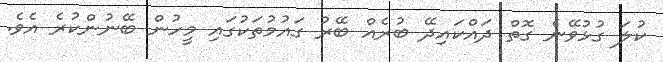
ކުލަ ގުޅުވޭނެ ގޮތް ދައްކައިދޭ ބުރެއް ބޭރު ގައުމުތަކުގައި މީހުން ބޭނުންކުރެ އެވެ.